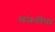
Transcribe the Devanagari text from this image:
अंजनीचा